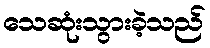
သေဆုံးသွားခဲ့သည်